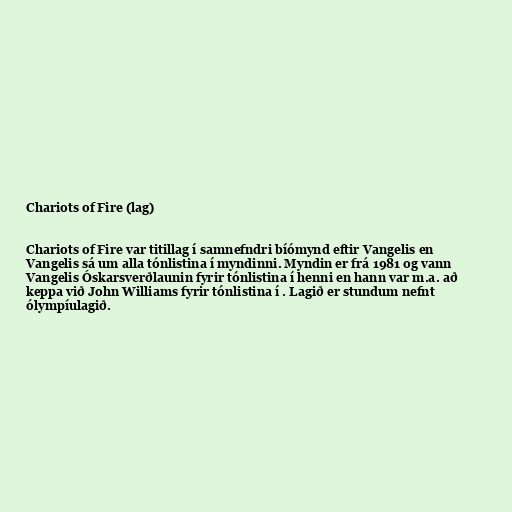
Chariots of Fire (lag)

Chariots of Fire var titillag í samnefndri bíómynd eftir Vangelis en
Vangelis sá um alla tónlistina í myndinni. Myndin er frá 1981 og vann
Vangelis Óskarsverðlaunin fyrir tónlistina í henni en hann var m.a. að
keppa við John Williams fyrir tónlistina í . Lagið er stundum nefnt
ólympíulagið.